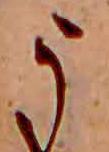
う